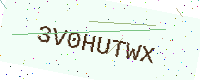
Text: 3V0HUTWX